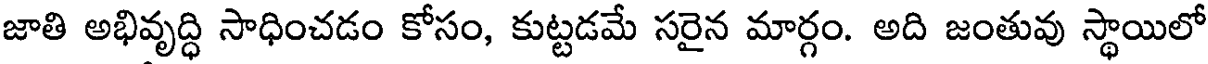
జాతి అభివృద్ధి సాధించడం కోసం, కుట్టడమే సరైన మార్గం. అది జంతువు స్థాయిలో